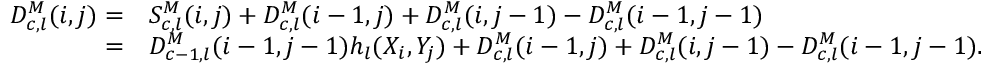
\begin{array} { r l } { D _ { c , l } ^ { M } ( i , j ) = } & { S _ { c , l } ^ { M } ( i , j ) + D _ { c , l } ^ { M } ( i - 1 , j ) + D _ { c , l } ^ { M } ( i , j - 1 ) - D _ { c , l } ^ { M } ( i - 1 , j - 1 ) } \\ { = } & { D _ { c - 1 , l } ^ { M } ( i - 1 , j - 1 ) h _ { l } ( X _ { i } , Y _ { j } ) + D _ { c , l } ^ { M } ( i - 1 , j ) + D _ { c , l } ^ { M } ( i , j - 1 ) - D _ { c , l } ^ { M } ( i - 1 , j - 1 ) . } \end{array}